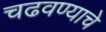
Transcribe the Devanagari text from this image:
चढवण्याचे